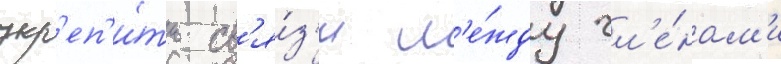
укр'еп'и́ть св'я́з'и м'е́жду чл'е́нам'и